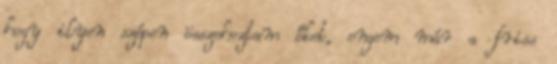
hogy ilyen szépen összehoztam őket, engem már a friss